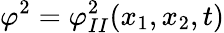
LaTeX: \varphi^{2}=\varphi_{II}^{2}(x_{1},x_{2},t)